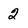
Character: 2